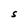
Character: S